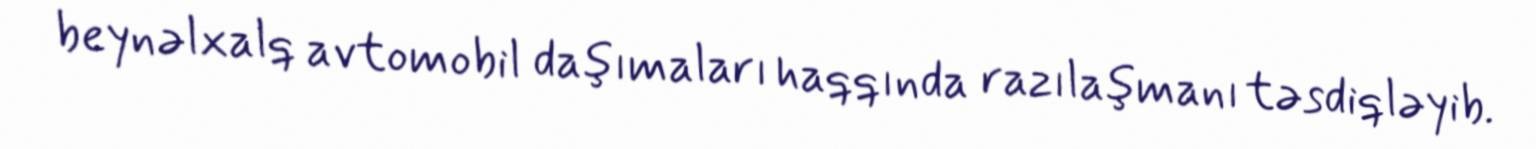
beynəlxalq avtomobil daşımaları haqqında razılaşmanı təsdiqləyib.